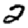
Digit: 2